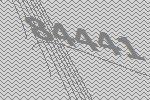
84441